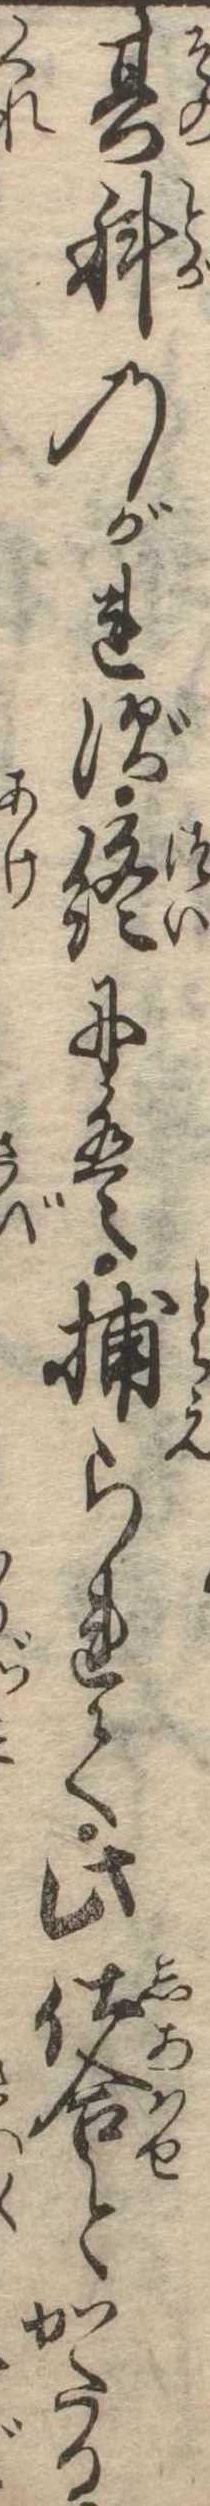
其科のがれず終には捕られて此仕合とかたる